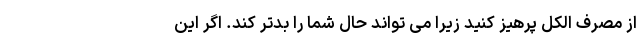
از مصرف الکل پرهیز کنید زیرا می تواند حال شما را بدتر کند. اگر این